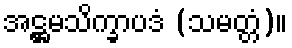
အဋ္ဌမသိက္ခာပဒံ (သမတ္တံ)။